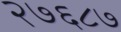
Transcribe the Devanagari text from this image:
२७६८७